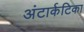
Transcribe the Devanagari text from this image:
अंटार्कटिका